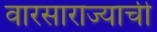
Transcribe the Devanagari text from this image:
वारसाराज्याची